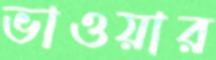
ভাওয়ার